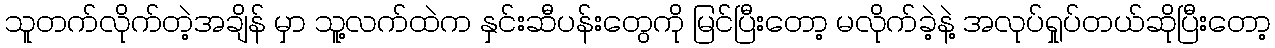
သူတက်လိုက်တဲ့အချိန် မှာ သူ့လက်ထဲက နှင်းဆီပန်းတွေကို မြင်ပြီးတော့ မလိုက်ခဲ့နဲ့ အလုပ်ရှုပ်တယ်ဆိုပြီးတော့